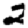
Digit: 2